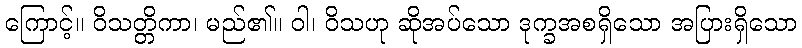
ကြောင့်။ ဝိသတ္တိကာ၊ မည်၏။ ဝါ၊ ဝိသဟု ဆိုအပ်သော ဒုက္ခအစရှိသော အပြားရှိသော